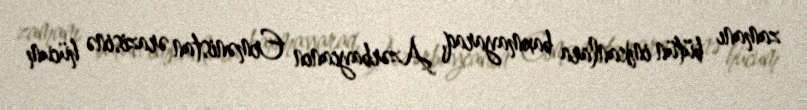
zamanı bütün imkanlara baxmayaraq, Azərbaycanın Ermənistan ərazisinə hücum